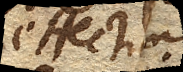
effectumque